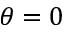
\theta = 0